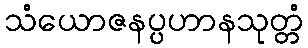
သံယောဇနပ္ပဟာနသုတ္တံ